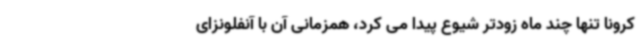
کرونا تنها چند ماه زودتر شیوع پیدا می کرد، همزمانی آن با آنفلونزای